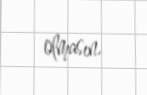
olmasın.